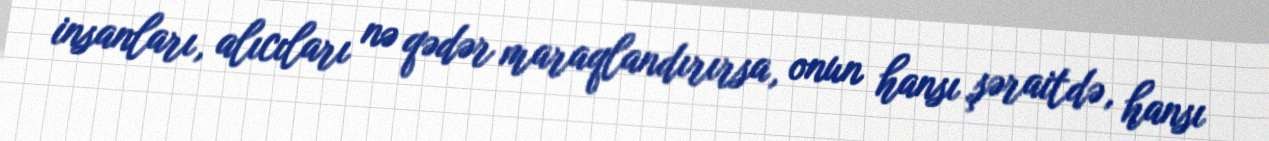
insanları, alıcıları nə qədər maraqlandırırsa, onun hansı şəraitdə, hansı